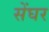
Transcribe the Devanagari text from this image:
सेंघर